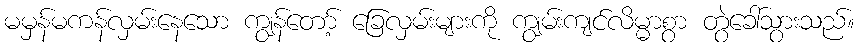
မမှန်မကန်လှမ်းနေသော ကျွန်တော့် ခြေလှမ်းများကို ကျွမ်းကျင်လိမ္မာစွာ တွဲခေါ်သွားသည်။